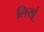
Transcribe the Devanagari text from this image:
लिखूं